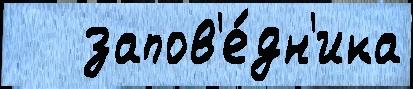
   запов'е́дн'ика